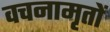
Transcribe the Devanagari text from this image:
वचनामृतों